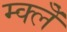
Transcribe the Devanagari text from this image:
म्क्लेँ